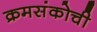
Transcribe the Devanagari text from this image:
क्रमसंकोची